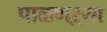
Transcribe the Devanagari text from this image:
पाळणऱ्या